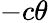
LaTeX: -c\theta